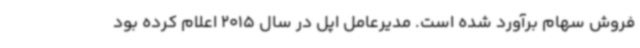
فروش سهام برآورد شده است. مدیرعامل اپل در سال 2015 اعلام کرده بود